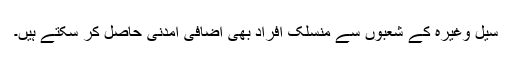
سیل وغیرہ کے شعبوں سے منسلک افراد بھی اضافی آمدنی حاصل کر سکتے ہیں۔